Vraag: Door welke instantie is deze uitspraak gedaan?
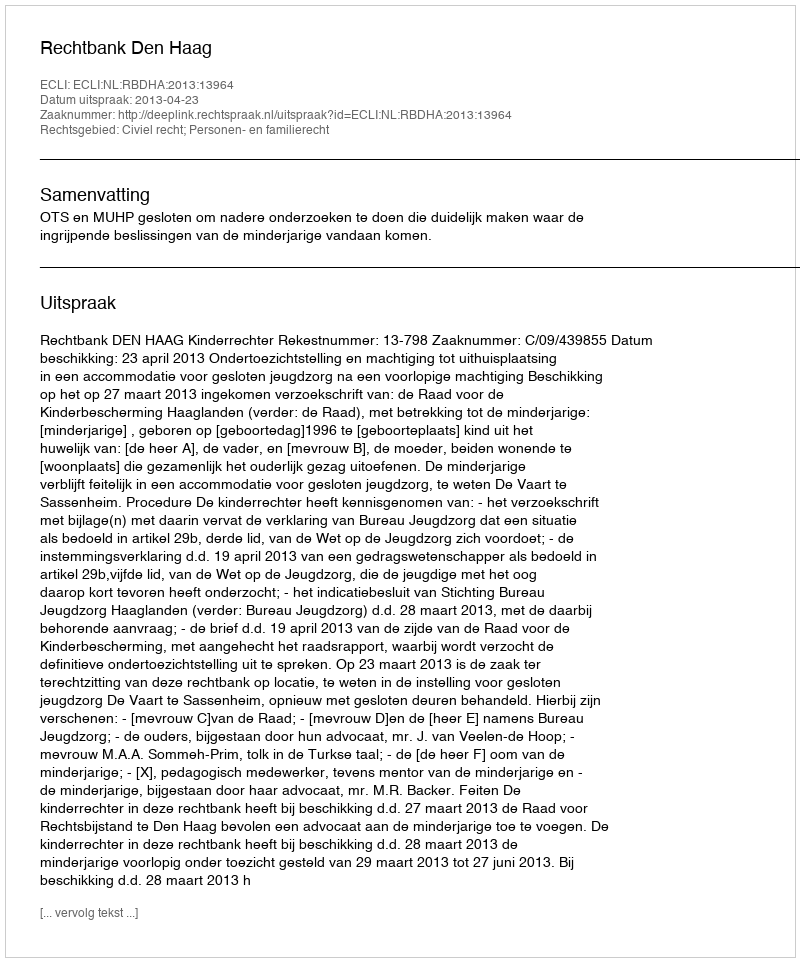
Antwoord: Rechtbank Den Haag